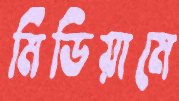
মিডিয়ামে